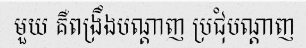
មួយ គឺពង្រឹងបណ្តាញ ប្រជុំបណ្តាញ